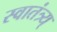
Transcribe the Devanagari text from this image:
स्वातंत्र्य्